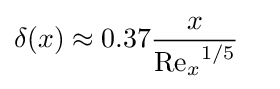
\delta (x)\approx 0.37{x \over {\mathrm {Re} _{x}}^{1/5}}\quad